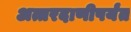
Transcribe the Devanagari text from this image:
अत्तरदाणीपर्यंत